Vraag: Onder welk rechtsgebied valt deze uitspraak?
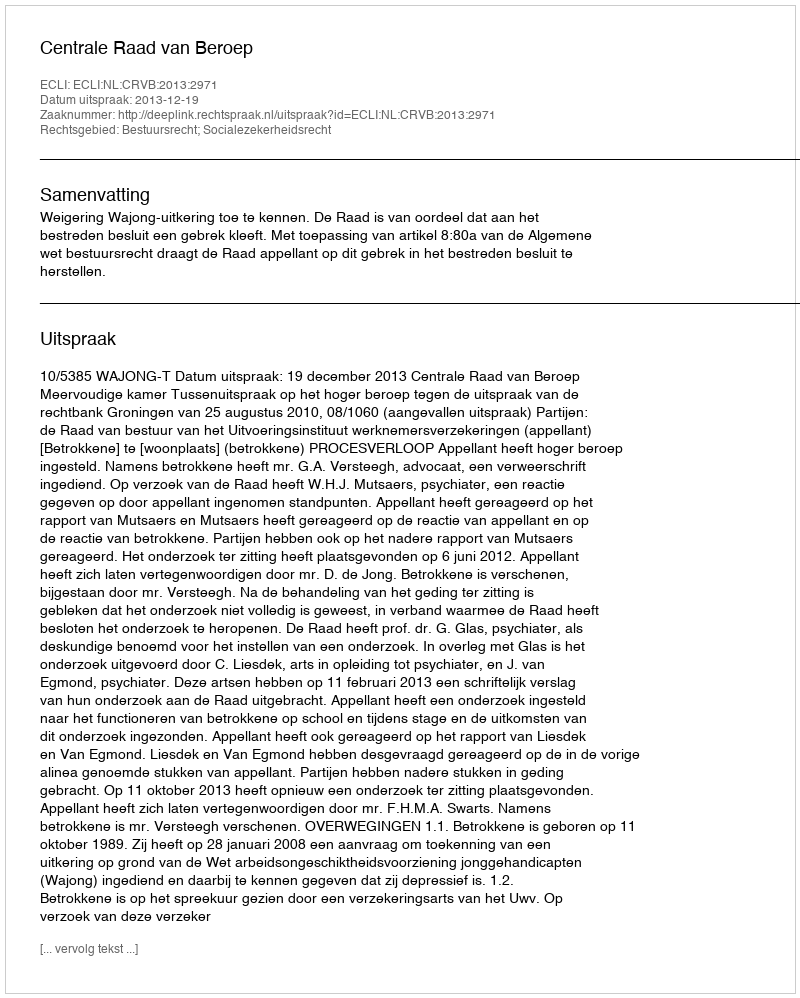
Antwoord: Bestuursrecht; Socialezekerheidsrecht